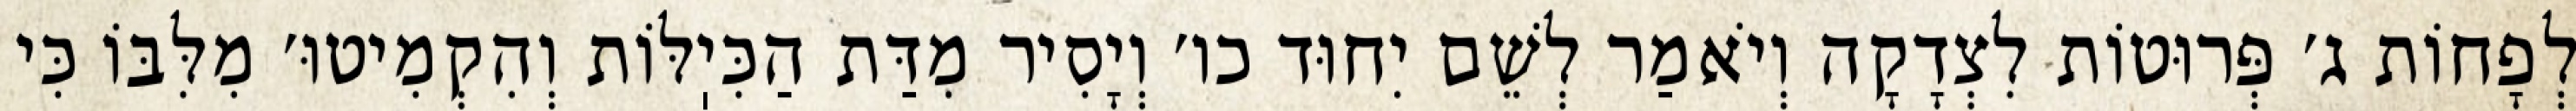
לְפָחוֹת ג׳ פְּרוּטוֹת לִצְדָקָה וְיֹאמַר לְשֵׁם יִחוּד כו׳ וְיָסִיר מִדַּת הַכִּיֽלּוֹת וְהִקְמִיטוּ׳ מִלִּבּוֹ כִּי